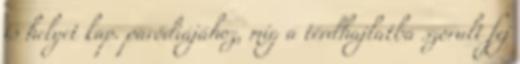
is helyet kap. paródiájához, míg a térdhajlatba szorult fej